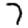
Digit: 7